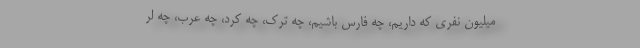
میلیون نفری که داریم، چه فارس باشیم، چه ترک، چه کرد، چه عرب، چه لر